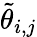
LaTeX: \tilde{\theta}_{i,j}